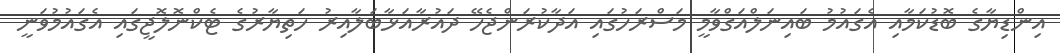
އިންޑިޔާގެ ބޮޑުކަމާއި އެގައުމު ބައިނަލްއަގްވާމީ މަސްރަހުގައި އަދާކުރަންޖެހޭ ދައުރާއަޅާބަލާއިރު ހަތިޔާރުގެ ޓެކްނޮލޮޖީގައި އެގައުމުވަނީ